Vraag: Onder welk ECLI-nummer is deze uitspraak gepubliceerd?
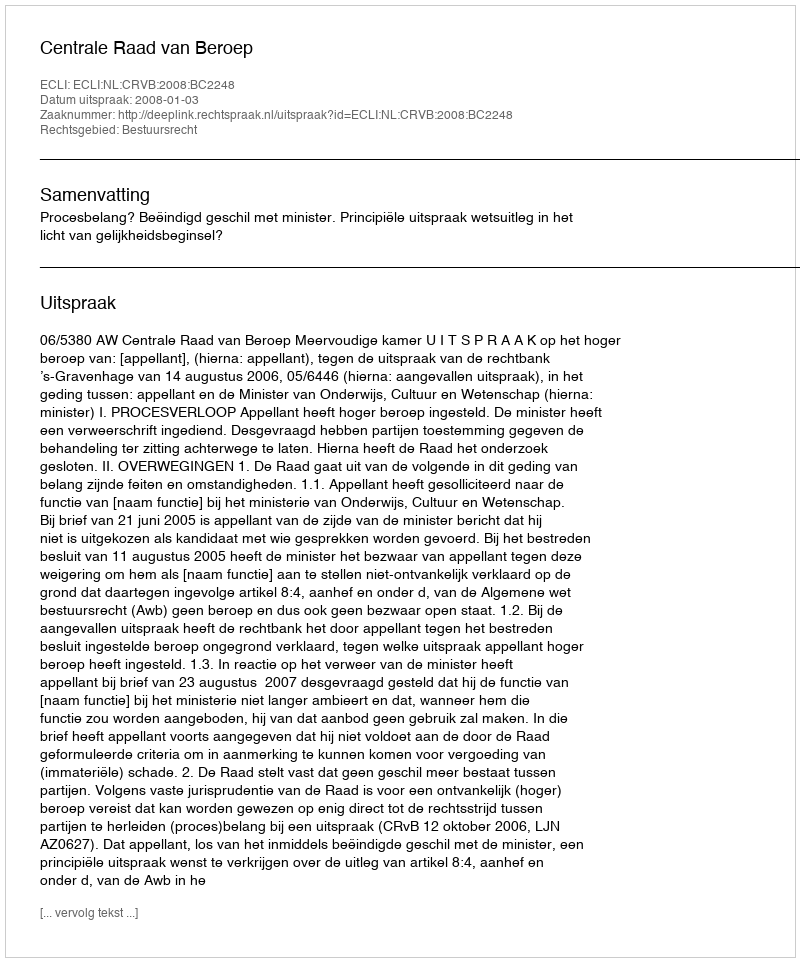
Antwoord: ECLI:NL:CRVB:2008:BC2248